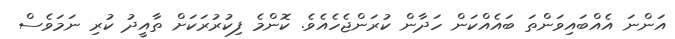
އަންނަ އެއްބައިވަންތަ ބައެއްކަން ހަދާން ކުރަންޖެހެއެވެ. ކޮންމެ ފިކުރުރަކަށް ތާއީދު ކުރި ނަމަވެސް